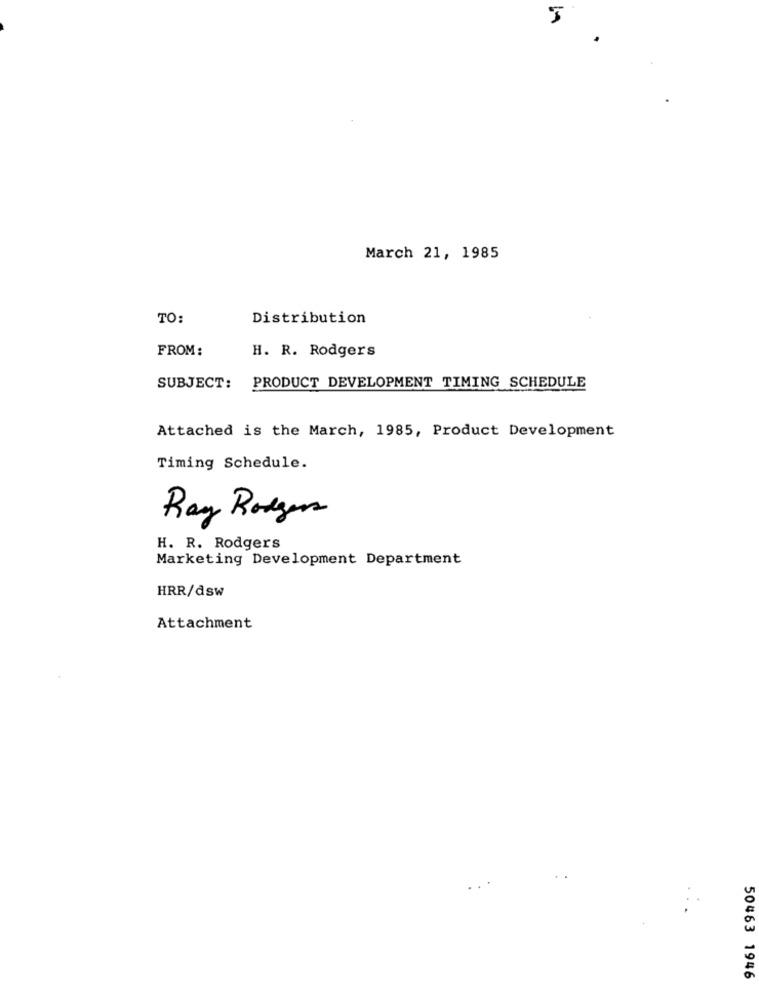
March 21, 1985
TO:
Distribution
FROM:
H. R. Rodgers
SUBJECT:
PRODUCT DEVELOPMENT TIMING SCHEDULE
Attached is the March, 1985, Product Development
Timing Schedule.
Ray Rodgers
H. R. Rodgers
Marketing Development Department
HRR/dsw
Attachment
50463 1946